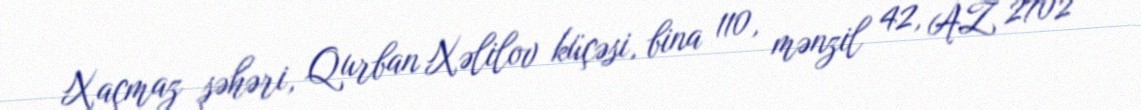
Xaçmaz şəhəri, Qurban Xəlilov küçəsi, bina 110, mənzil 42, AZ 2702